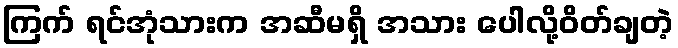
ကြက် ရင်အုံသားက အဆီမရှိ အသား ပေါလို့ဝိတ်ချတဲ့